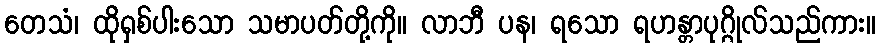
တေသံ၊ ထိုရှစ်ပါးသော သမာပတ်တို့ကို။ လာဘီ ပန၊ ရသော ရဟန္တာပုဂ္ဂိုလ်သည်ကား။